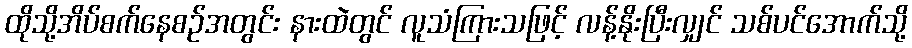
ထိုသို့အိပ်စက်နေစဉ်အတွင်း နားထဲတွင် လူသံကြားသဖြင့် လန့်နိုးပြီးလျှင် သစ်ပင်အောက်သို့